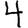
Digit: 4